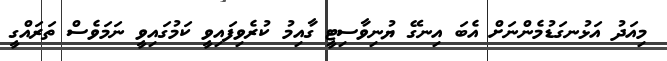
މިއަދު އަޅުނގަޑުމެންނަށް އެބަ އިނގޭ ޔުނިވާސިޓީ ގާއިމު ކުރެވިފައިވީ ކަމުގައިވީ ނަމަވެސް ތަރައްގީ